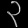
Digit: ၃